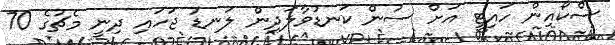
ސްކޯއިން ހައިޓީ އަށް ސުން ކަނޑުވާލަދިން ލަނޑު ޖަހައި ދިނީ މެޗުގެ 70